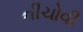
નીચોવી